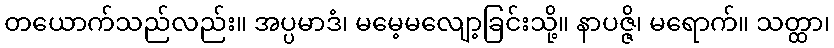
တယောက်သည်လည်း။ အပ္ပမာဒံ၊ မမေ့မလျော့ခြင်းသို့။ နာပဇ္ဇိ၊ မရောက်။ သတ္ထာ၊